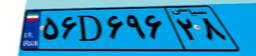
۶۹D۹۵۱۰۶